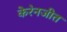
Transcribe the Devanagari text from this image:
केरेनजीत